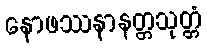
နောဖဿနာနတ္တသုတ္တံ